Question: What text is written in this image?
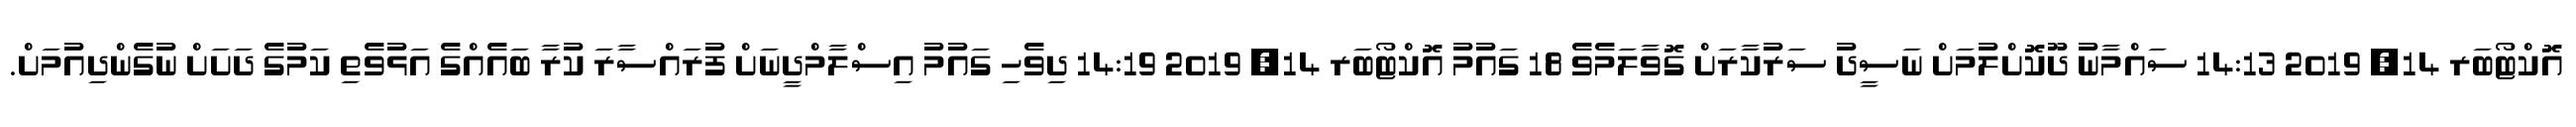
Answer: އޮކްޓޯބަރ 14, 2019 14:13 ސައްމާނު ދޫކޮށްލުމަށް ނަސީދު ސަރުކާރަށް ގޮވާލަމެވެ 18 ގައުމު އޮކްޓޯބަރ 14, 2019 14:19 ދިވެހި ގައުމު އިސްލާމްދީނަށް ފުރައްސާރަ ކުރާ ބައެއްގެ އަޅުވެތި ކަމުގެ ދަށަށް ނުގެންދިއުމަށް.